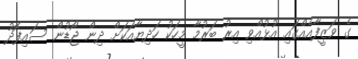
ގެ ވަޒީފާއެއްގައި އުޅުއްވި އިރު ބަރުމާ މީހަކު ހަދިޔާއަކަށް ދިން ޖޯޑުން ސައިފޮދު